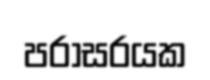
පරාසරයක